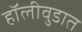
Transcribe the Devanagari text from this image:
हॉलीवुडात